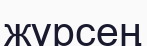
жүрсең